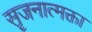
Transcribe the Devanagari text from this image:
सृजनात्मक्ता